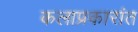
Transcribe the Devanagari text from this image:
कलाप्रकारांत